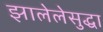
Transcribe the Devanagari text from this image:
झालेलेसुद्धा